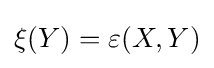
\xi (Y)=\varepsilon (X,Y)